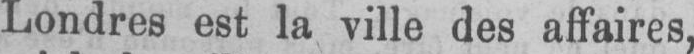
Londres est la ville des affaires,